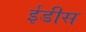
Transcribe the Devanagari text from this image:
ईडीस